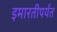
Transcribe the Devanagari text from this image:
इमारतीपर्यंत